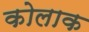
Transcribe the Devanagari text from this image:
कोलाक